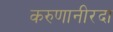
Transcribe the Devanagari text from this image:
करुणानीरदा